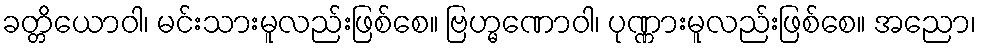
ခတ္တိယောဝါ၊ မင်းသားမူလည်းဖြစ်စေ။ ဗြဟ္မဏောဝါ၊ ပုဏ္ဏားမူလည်းဖြစ်စေ။ အညော၊